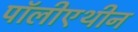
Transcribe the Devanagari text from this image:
पॉलीएथीन